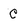
Character: C